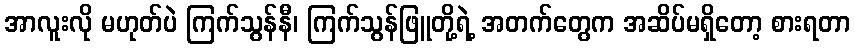
အာလူးလို မဟုတ်ပဲ ကြက်သွန်နီ၊ ကြက်သွန်ဖြူတို့ရဲ့ အတက်တွေက အဆိပ်မရှိတော့ စားရတာ